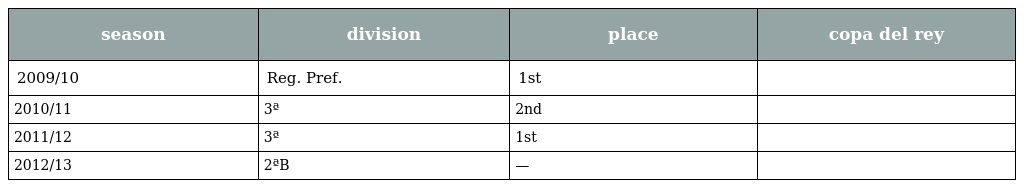
| season | division | place | copa del rey |
 | --- | --- | --- | --- |
 | 2009/10 | Reg. Pref. | 1st |  |
 | 2010/11 | 3ª | 2nd |  |
 | 2011/12 | 3ª | 1st |  |
 | 2012/13 | 2ªB | — |  |